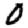
Digit: 0